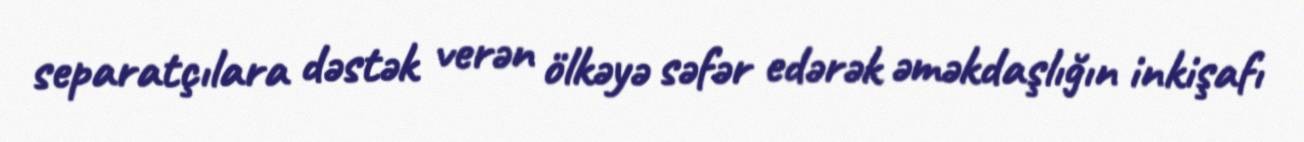
separatçılara dəstək verən ölkəyə səfər edərək əməkdaşlığın inkişafı